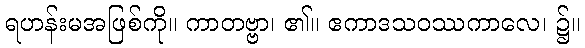
ရဟန်းမအဖြစ်ကို။ ကာတဗ္ဗာ၊ ၏။ ဧကာဒသဝဿကာလေ၊ ၌။